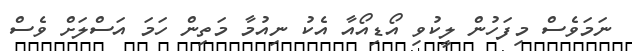
ނަމަވެސް މިފަހުން ލީކުވި އޯޑިއޯއާ އެކު ނިއުމާ މަތިން ހަމަ އަސްލަށް ވެސް